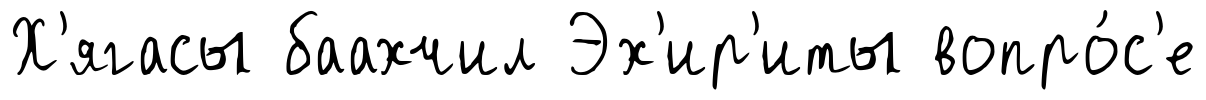
Х'ягасы баахчил Эх'ир'иты вопро́с'е